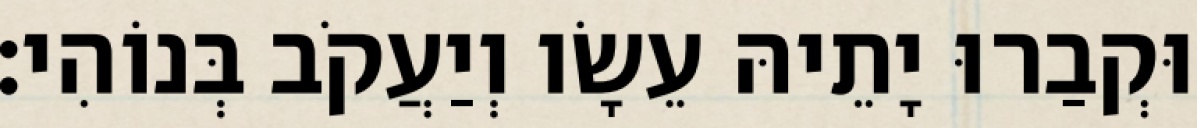
וּקְבַרוּ יָתֵיהּ עֵשָׂו וְיַעֲקֹב בְּנוֹהִי׃